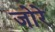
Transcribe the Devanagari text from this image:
जोरे